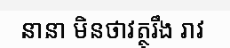
នានា មិនថាវត្ថុរឹង រាវ